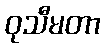
ဝုသီမတာ